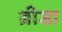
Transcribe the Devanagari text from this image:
ब्रीडा